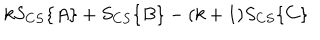
k S _ { C S } \{ A \} + S _ { C S } \{ B \} - ( k + 1 ) S _ { C S } \{ C \}